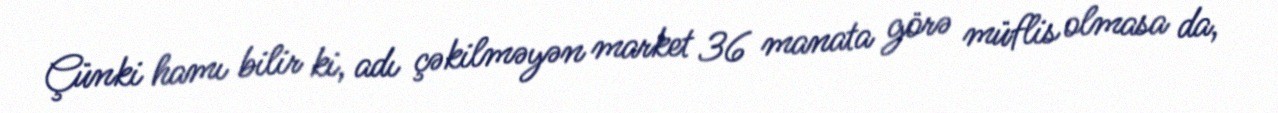
Çünki hamı bilir ki, adı çəkilməyən market 36 manata görə müflis olmasa da,